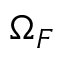
\Omega _ { F }